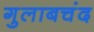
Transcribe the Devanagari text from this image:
गुलाबचंद